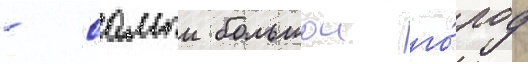
- самыи большои го́род